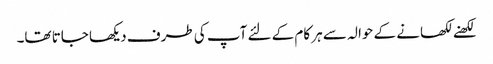
لکھنے لکھانے کے حوالہ سے ہر کام کے لئے آپ کی طرف دیکھا جاتا تھا۔